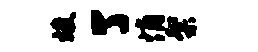
竣了悄粲